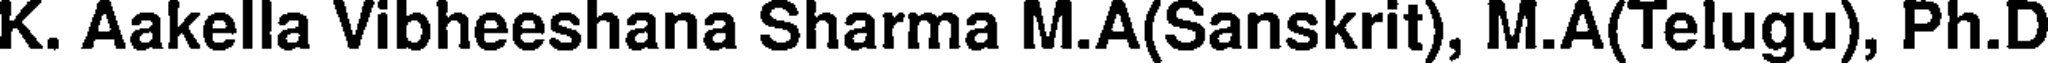
K. Aakella Vibheeshana Sharma M.A(Sanskrit), M.A(Telugu), Ph.D